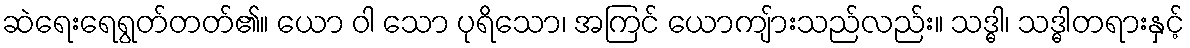
ဆဲရေးရေရွတ်တတ်၏။ ယော ဝါ သော ပုရိသော၊ အကြင် ယောကျ်ားသည်လည်း။ သဒ္ဓါ၊ သဒ္ဓါတရားနှင့်